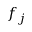
f _ { j }